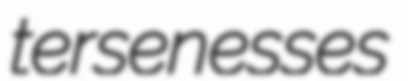
tersenesses